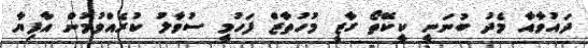
ދައުވާއާ މެދު ބުނަނީ ކީކޭތޯ ގާޒީ މުހުތާޒް ފަހުމީ ސުވާލު ކުރެއްވުމުން އާފިޔާ